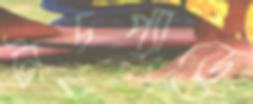
টাচপ্যাডে